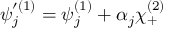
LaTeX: \psi _ { j } ^ { \prime ( 1 ) } = \psi _ { j } ^ { ( 1 ) } + \alpha _ { j } \chi _ { + } ^ { ( 2 ) }